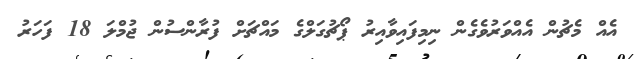
އެއް މެޗުން އެއްވަރުވެގެން ނިމިފައިވާއިރު ޕޯޗުގަލްގެ މައްޗަށް ފުރާންސުން ޖުމްލަ 18 ފަހަރު